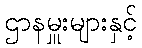
ဌာနမှူးများနှင့်